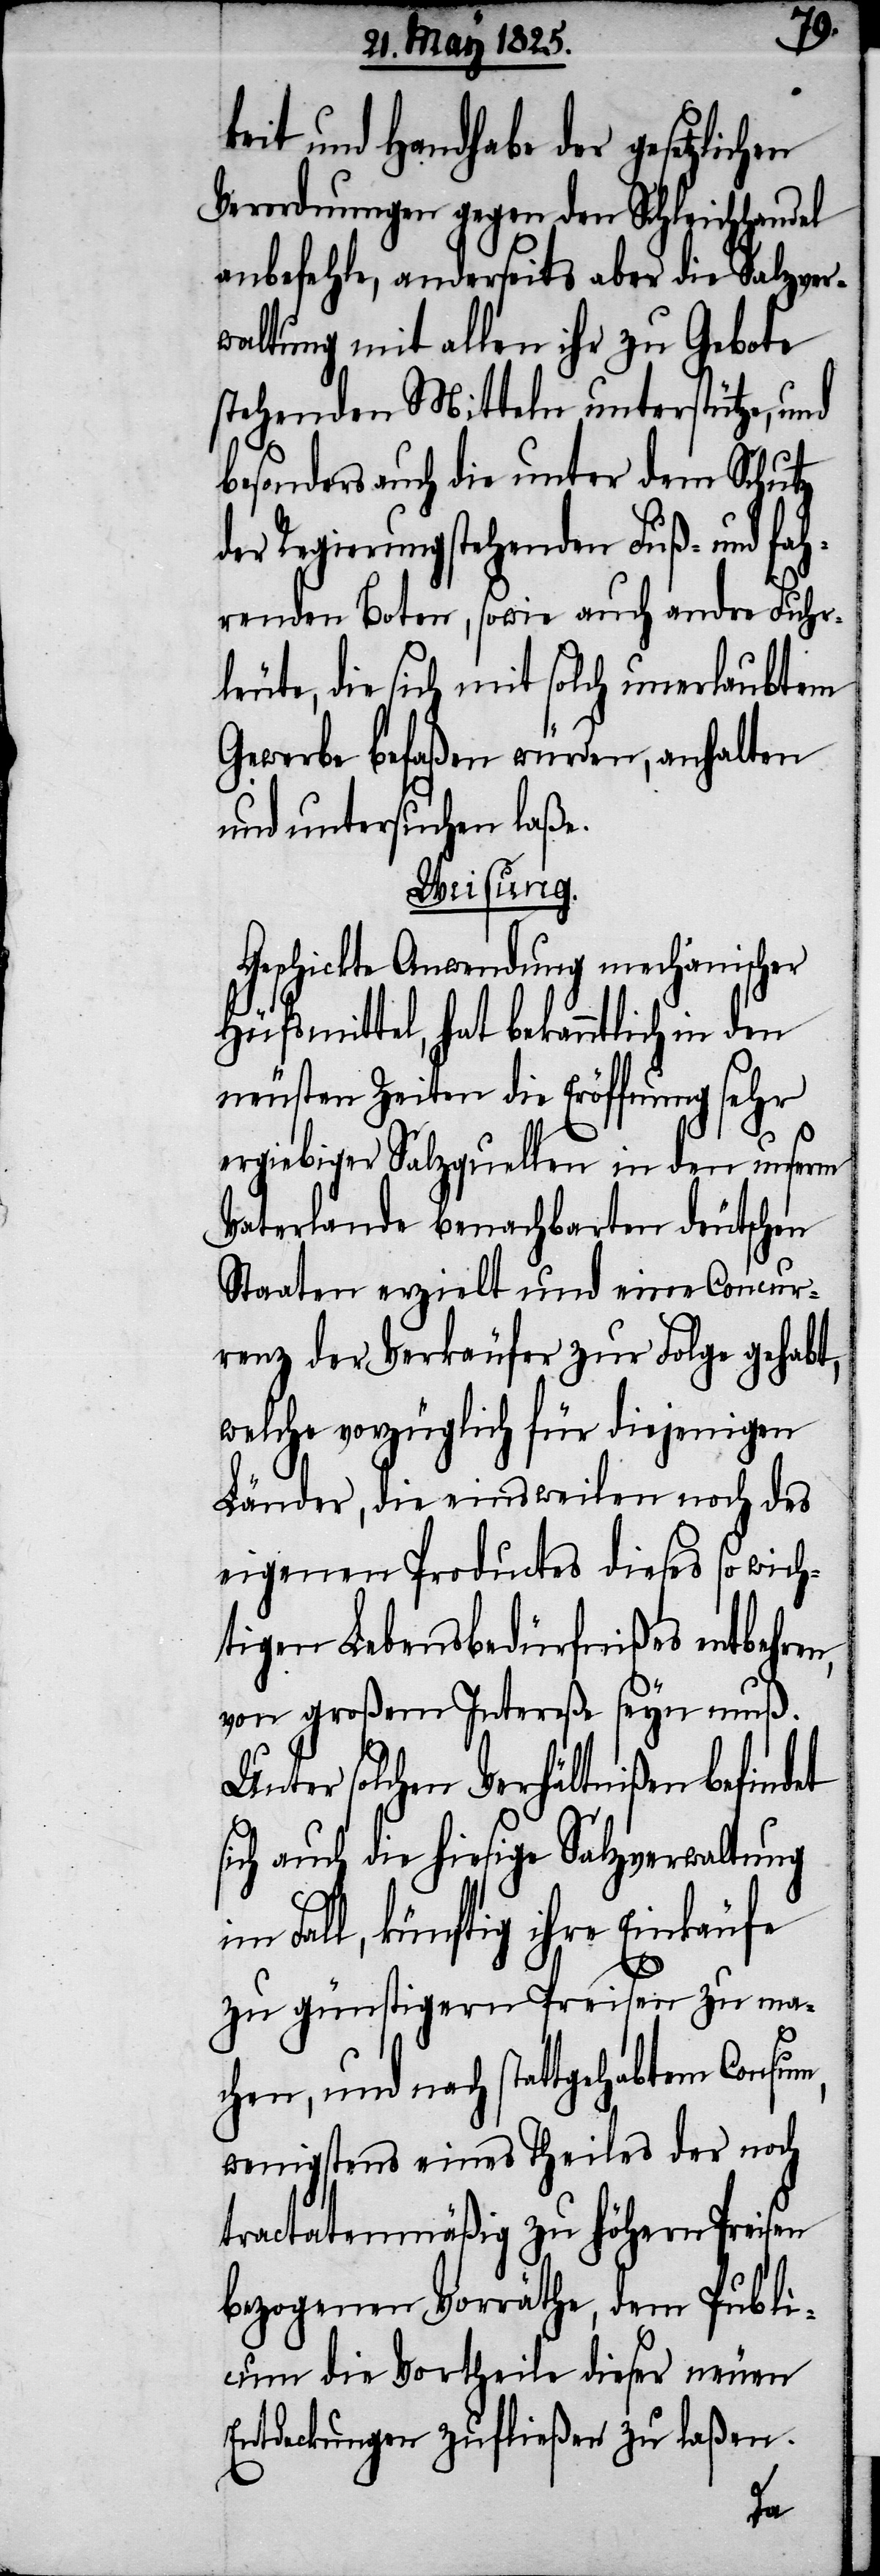
keit und Handhabe der gesetzlichen
Verordnungen gegen den Schleichhandel
anbefehle, anderseits aber die Salzver¬
waltung mit allen ihr zu Gebote
stehenden Mitteln unterstütze, und
besonders auch die unter dem Schutz
der Regierung stehenden Fuß- und fah¬
renden Boten, sowie auch andre Fuhr¬
leute, die sich mit solch unerlaubtem
Gewerbe befaßen würden, anhalten
und untersuchen laße.
Weisung.
Geschickte Anwendung mechanischer
Hülfsmittel, hat bekanntlich in den
neusten Zeiten die Eröffnung sehr
ergiebiger Salzquellen in den unserm
Vaterlande benachbarten deutschen
Staaten erzielt und eine Concur¬
renz der Verkäufer zur Folge gehabt,
welche vorzüglich für diejenigen
Länder, die einsweilen noch des
eigenen Productes dieses so wich¬
tigen Lebensbedürfnißes entbehren,
von großem Intereße seyn muß.
Unter solchen Verhältnißen befindet
sich auch die hiesige Salzverwaltung
Fall, künftig ihre Einkäufe
zu günstigern Preisen zu ma¬
chen, und nach stattgehabtem Consum,
wenigstens eines Theiles der noch
tractatenmäßig zu höhern Preisen
bezogenen Vorräthe, dem Publi¬
cum die Vortheile dieser neuen
Entdeckungen zufließen zu laßen.